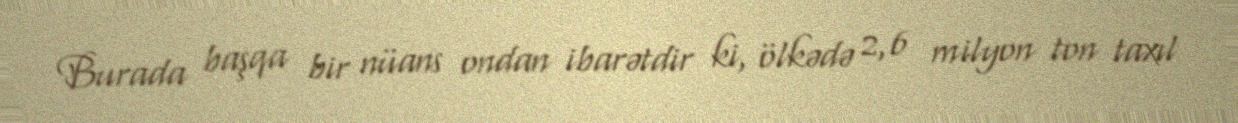
Burada başqa bir nüans ondan ibarətdir ki, ölkədə 2,6 milyon ton taxıl